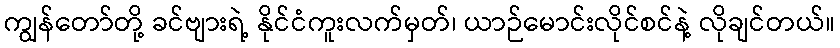
ကျွန်တော်တို့ ခင်ဗျားရဲ့ နိုင်ငံကူးလက်မှတ်၊ ယာဉ်မောင်းလိုင်စင်နဲ့ လိုချင်တယ်။